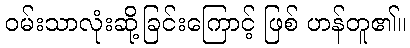
ဝမ်းသာလုံးဆို့ခြင်းကြောင့် ဖြစ် ဟန်တူ၏။